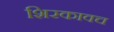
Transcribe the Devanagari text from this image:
शिरकावच